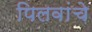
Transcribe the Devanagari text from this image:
पिलवांचे